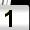
Digit: 1